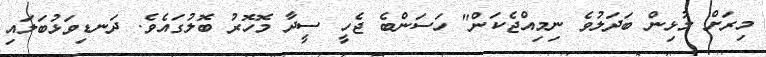
މިރަށް މުޅިން ބަދަލުވެ ނިމިއްޖެކަން" ހަސަންބެ ޖެހީ ސީދާ މޮހޮރު ބޮލުގައެވެ. ދަނޑިވަޅުބަލައި